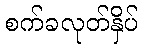
စက်ခလုတ်နှိပ်